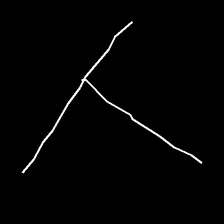
Glyph: column